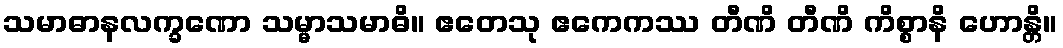
သမာဓာနလက္ခဏော သမ္မာသမာဓိ။ ဧတေသု ဧကေကဿ တီဏိ တီဏိ ကိစ္စာနိ ဟောန္တိ။